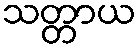
သတ္တာယ